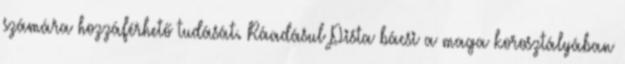
számára hozzáférhető tudását. Ráadásul Pista bácsi a maga korosztályában